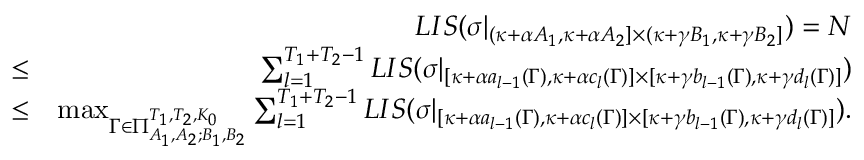
\begin{array} { r l r } & { } & { L I S ( \sigma | _ { ( \kappa + \alpha A _ { 1 } , \kappa + \alpha A _ { 2 } ] \times ( \kappa + \gamma B _ { 1 } , \kappa + \gamma B _ { 2 } ] } ) = N } \\ & { \leq } & { \sum _ { l = 1 } ^ { T _ { 1 } + T _ { 2 } - 1 } L I S ( \sigma | _ { [ \kappa + \alpha a _ { l - 1 } ( \Gamma ) , \kappa + \alpha c _ { l } ( \Gamma ) ] \times [ \kappa + \gamma b _ { l - 1 } ( \Gamma ) , \kappa + \gamma d _ { l } ( \Gamma ) ] } ) } \\ & { \leq } & { \operatorname* { m a x } _ { \Gamma \in \Pi _ { A _ { 1 } , A _ { 2 } ; B _ { 1 } , B _ { 2 } } ^ { T _ { 1 } , T _ { 2 } , K _ { 0 } } } \sum _ { l = 1 } ^ { T _ { 1 } + T _ { 2 } - 1 } L I S ( \sigma | _ { [ \kappa + \alpha a _ { l - 1 } ( \Gamma ) , \kappa + \alpha c _ { l } ( \Gamma ) ] \times [ \kappa + \gamma b _ { l - 1 } ( \Gamma ) , \kappa + \gamma d _ { l } ( \Gamma ) ] } ) . } \end{array}